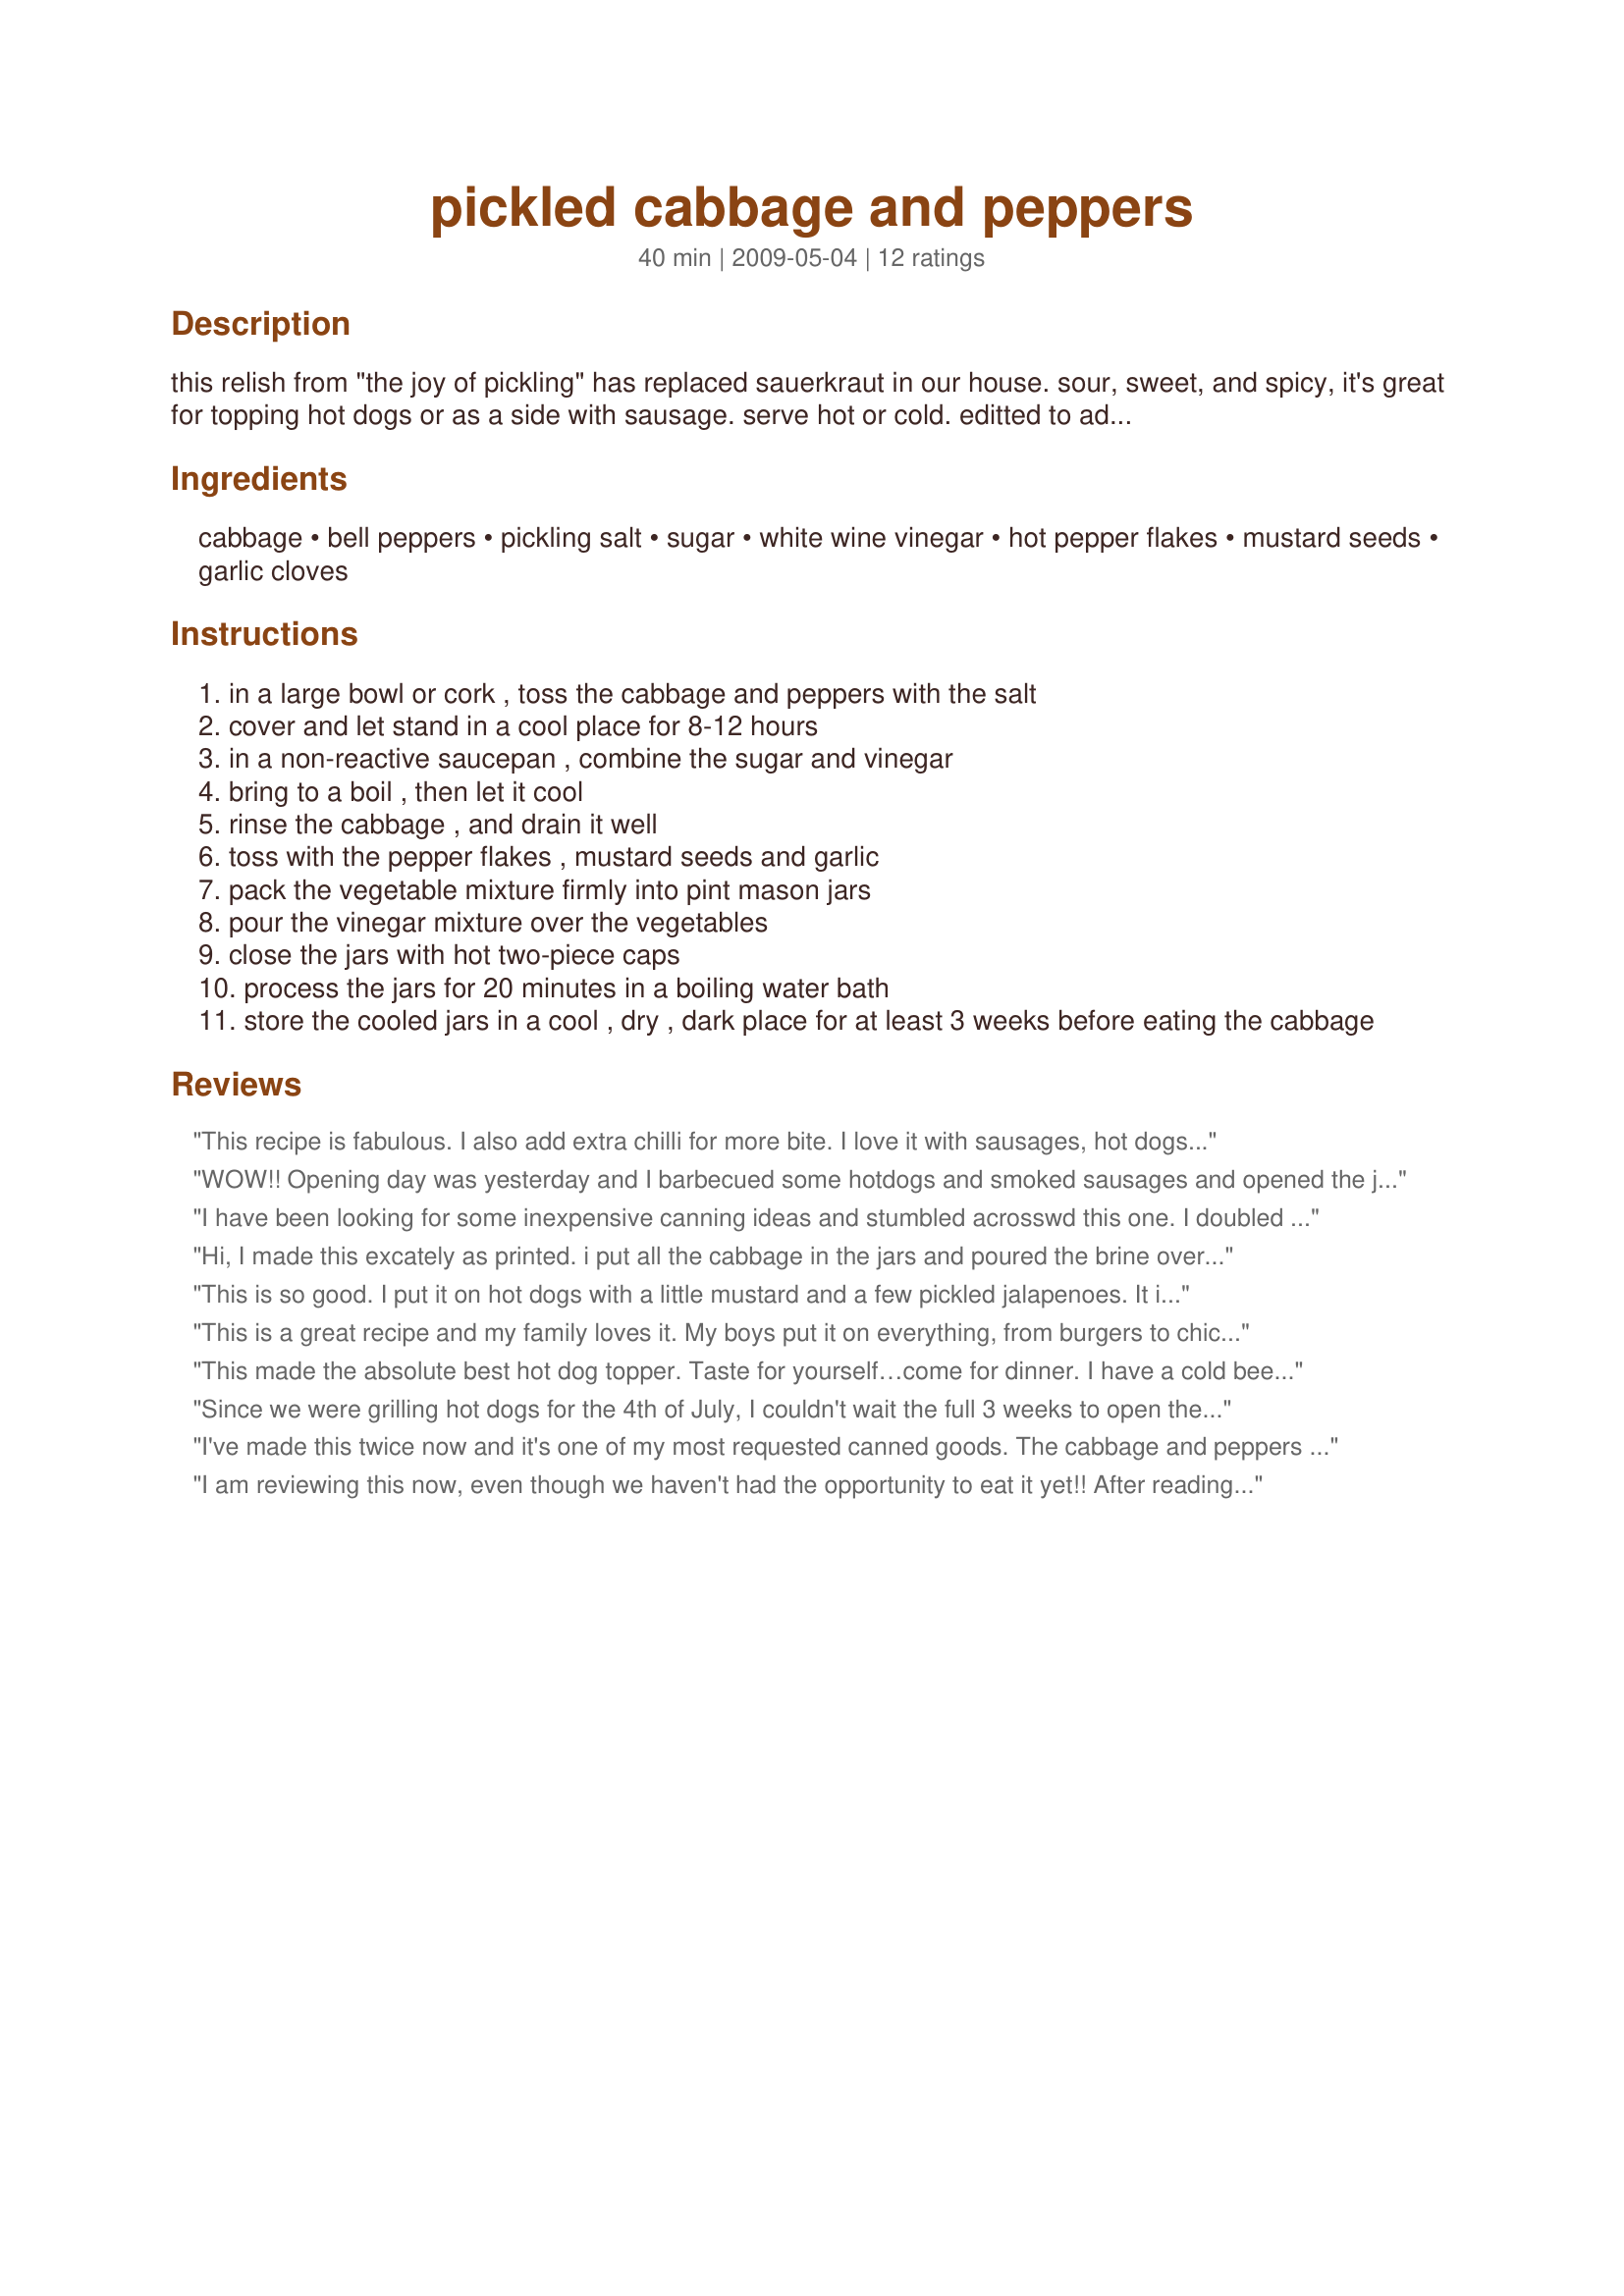
pickled cabbage and peppers
Preparation time: 40 minutes

this relish from "the joy of pickling" has replaced sauerkraut in our house. sour, sweet, and spicy, it's great for topping hot dogs or as a side with sausage. serve hot or cold.

editted to add: feel free to substitute other commercial vinegars. i often use white vinegar or apple cider vinegar, as white wine vinegar can be a bit expensive.

Ingredients:
cabbage, bell peppers, pickling salt, sugar, white wine vinegar, hot pepper flakes, mustard seeds, garlic cloves

Steps:
in a large bowl or cork , toss the cabbage and peppers with the salt
cover and let stand in a cool place for 8-12 hours
in a non-reactive saucepan , combine the sugar and vinegar
bring to a boil , then let it cool
rinse the cabbage , and drain it well
toss with the pepper flakes , mustard seeds and garlic
pack the vegetable mixture firmly into pint mason jars
pour the vinegar mixture over the vegetables
close the jars with hot two-piece caps
process the jars for 20 minutes in a boiling water bath
store the cooled jars in a cool , dry , dark place for at least 3 weeks before eating the cabbage

Reviews:
This recipe is fabulous. I also add extra chilli for more bite. I love it with sausages, hot dogs or any cold meats. Take a large spoonful of it and wrap a slice of Parma or Serrano ham around it and eat like a sandwich. Lush...
WOW!! Opening day was yesterday and I barbecued some hotdogs and smoked sausages and opened the jar. Well we all fell in love-some of us just gave up on the meat and started eating with a fork-it really was that good!!! In between bites my DH says that the next batch needed a little more heat but other than that was just plain outstanding. In fact all the family left with a jar ( I am glad I got in there and hid an extra one when noone was looking.
This recipe is definately a keeper and I encourage all to try it!! Thanks so much for posting!!!!
I have been looking for some inexpensive canning ideas and stumbled acrosswd this one. I doubled the recipe and had exactly enough cabbage, peppers and brine to make exactly 8 pints. We waited patiently for a month to open the first jar. That seemed like such a long time, but was well worth the wait. It is a sweeter relish that kraut. But it has been a huge hit with everyone in my family. Now all they want is hot dogs. I would recommend this for anyone. I did double the red pepper flakes...still not much heat. I may add more on my next batch. LOVE THIS!!
Hi, I made this 
excately as printed. i put all the cabbage in the jars and poured the brine over the cabbage and peppers. Had just enough brine. we loved the recipe .
This is so good. I put it on hot dogs with a little mustard and a few pickled jalapenoes. It is addictive. I couldnt believe allll that cabbage would fit in 4 pint jars but it did. I made two batches and am so glad I did. Thanks for the recipe. Gloria
This is a great recipe and my family loves it. My boys put it on everything, from burgers to chicken to tuna sandwiches! I will definitely double the recipe next time.
This made the absolute best hot dog topper. Taste for yourself…come for dinner. I have a cold beer with your name on it.
Since we were grilling hot dogs for the 4th of July, I couldn't wait the full 3 weeks to open the first jar. Glad I didn't wait, it was quite a hit. Can't wait to see how much better it gets with some sitting time. UPDATE: 8/10/09 Entered this in the Ventura County Fair and won a blue ribbon!!
I've made this twice now and it's one of my most requested canned goods. The cabbage and peppers stay really crunchy, never soggy. Most people tell me they open a jar to top brats or hot dogs, and just eat the rest of the jar with a fork. Easy to customize to your taste, but fantastic as is. It's worth going out to get red bell peppers if all you have are green, they look so much better.
I am reviewing this now, even though we haven't had the opportunity to eat it yet!! <br/>After reading the other reviews, I doubled the recipe :)<br/>DH and I are anxious for the 3 week 'waiting period' before we pop open a jar of this beautiful relish. I will return in 3 weeks :)<br/>Thank you for posting!!<br/>**UPDATE** We opened a jar yesterday!! Delicious!! Thank you for a fun and easy recipe!!
This is great stuff! I canned a batch last year and just returned to this recipe to make again and realized I had not reviewed it. Followed just a written and had great results. Very pretty in the jars after canning and also very versital. I use it as a topper for hot dogs or as a side dish with dinner. I may cut down the sugar a bit on this years batch, as I prefer the tangy over the sweet. Thanks for posting.
The first time I made this I made the mistake of leaving the brine on boil as I was filling the jars, instead of taking it off as soon as it got to a boil, and therefore ran out of brine. This is delicious and I've had it on hot dogs cold, as well baked with brats in it (loved that!) Next I'll try baking pork chops in it. Wonderful recipe and thanks!!
